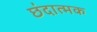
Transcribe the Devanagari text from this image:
छंदात्मक